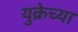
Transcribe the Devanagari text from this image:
युक्रेच्या